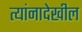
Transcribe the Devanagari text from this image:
त्यांनादेखील